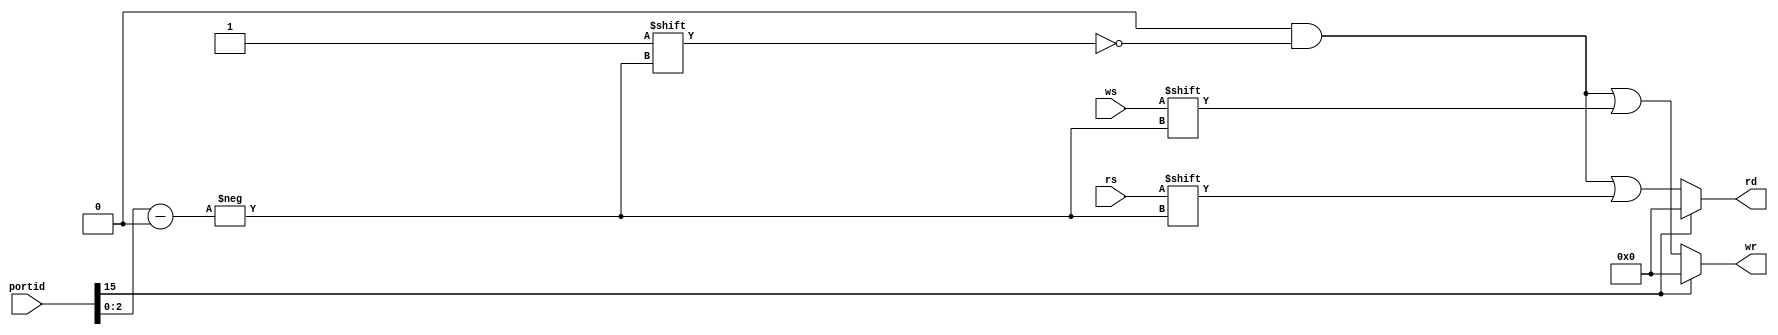
`timescale 1ns / 1ps
//****************************************************************//
//                                                                //
//  Created by       Thomas Nguyen on 4/08/19.                    //
//  Copyright c 2019 Thomas Nguyen. All rights reserved.          //
//                                                                //
//                                                                //
//  In submitting this file for class work at CSULB               //
//  I am confirming that this is my work and the work             //
//  of no one else. In submitting this code I acknowledge that    //
//  plagiarism in student project work is subject to dismissal.   //
//  from the class                                                //
//****************************************************************//
module addr_dec(portid, ws, rs, wr, rd);

   input             ws, rs;
   input      [15:0] portid;
   output reg [15:0] wr, rd;

   always@(*) begin
      wr = 16'b0;
      rd = 16'b0;
   if(~portid[15]) begin
         wr[portid[2:0]] = ws;
         rd[portid[2:0]] = rs;
      end
      else begin
         wr = wr;
         rd = rd;
      end
   end

endmodule